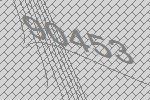
90453